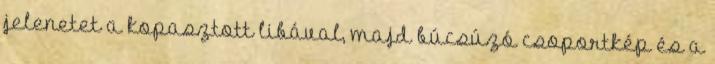
jelenetet a kopasztott libával, majd búcsúzó csoportkép és a